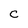
Character: C